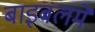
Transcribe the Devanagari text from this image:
बाइबलमें